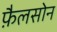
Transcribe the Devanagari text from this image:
फ़ैलसोन